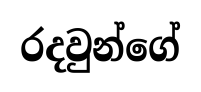
රදවුන්ගේ